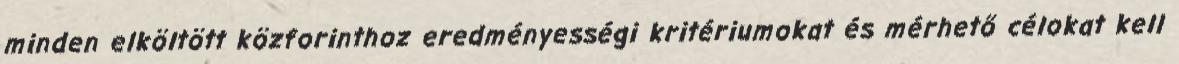
minden elköltött közforinthoz eredményességi kritériumokat és mérhető célokat kell